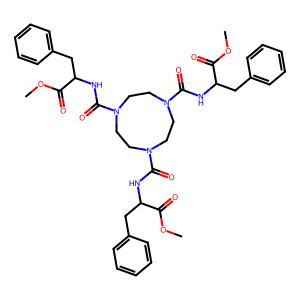
SMILES: COC(=O)C(Cc1ccccc1)NC(=O)N1CCN(C(=O)NC(Cc2ccccc2)C(=O)OC)CCN(C(=O)NC(Cc2ccccc2)C(=O)OC)CC1
Inhibits HIV replication: No